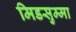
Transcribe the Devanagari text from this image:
मिडसुम्मा